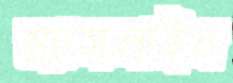
ম্যাসলাইন